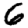
Digit: 6